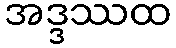
အဒ္ဒဿထ